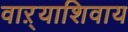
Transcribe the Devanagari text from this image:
वाऱ्याशिवाय